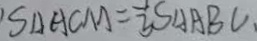
S _ { \Delta A C M } = \frac { 1 } { 3 } S _ { \Delta A B C } .